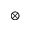
\otimes